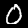
Digit: 0